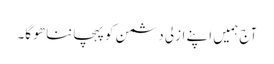
آج ہمیں اپنے ازلی دشمن کو پہچاننا ھو گا۔